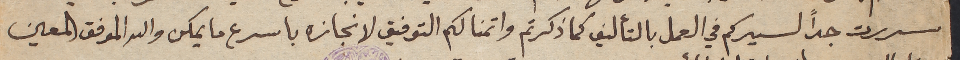
سررت جداً لسيركم في العمل بالتأليف كما ذكرتم واتمنا لكم التوفيق لانجازه باسرع ما يمكن والله الموفق المعين